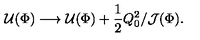
{ \cal U } ( \Phi ) \longrightarrow { \cal U } ( \Phi ) + { \frac { 1 } { 2 } } Q _ { 0 } ^ { 2 } / { \cal J } ( \Phi ) .